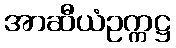
အာဆီယံဥက္ကဋ္ဌ